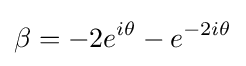
\beta =-2e^{i\theta }-e^{-2i\theta }